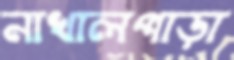
নাখালপাড়া